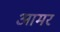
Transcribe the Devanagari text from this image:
आमर